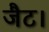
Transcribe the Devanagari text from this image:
जैट।